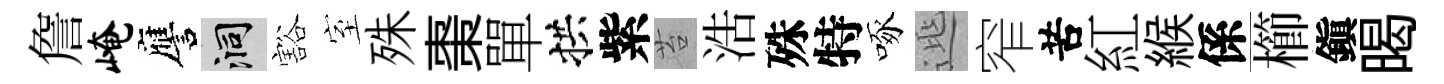
詹崦譍洞豁室殊棗單拱紫苔浩殊特啄𨓱窄苦紅緱係櫛鎭暍